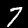
Digit: 7